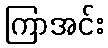
ကြာအင်း